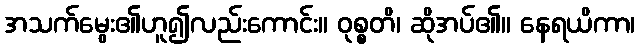
အသက်မွေး၏ဟူ၍လည်းကောင်း။ ဝုစ္စတိ၊ ဆိုအပ်၏။ နေရယိကာ၊